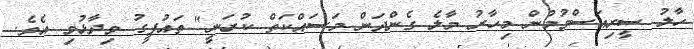
ހާލު ސީރިއަސްވުމުން މިހާރު މާލެ ގެންދަން މަސައްކަތް ކުރަނީ" ތައުފީގު ވިދާޅުވި އެވެ.